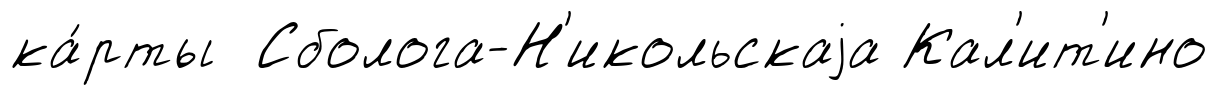
ка́рты Сболога-Н'икольскаjа Кал'ит'ино